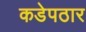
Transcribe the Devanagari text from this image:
कडेपठार